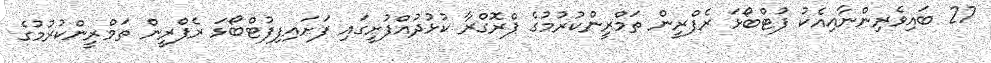
27 ބައިވެރިންނާއިއެކު ފުޓްބޯޅަ ރެފްރީން ތަމްރީންކުރުމުގެ ޕްރޮގްރާ ކުޅުދުއްފުށީގައި ފަށައިފިފުޓްބޯޅަ ރެފްރީން ތަމްރީންކުރުމުގެ